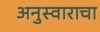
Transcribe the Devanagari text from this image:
अनुस्वाराचा